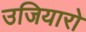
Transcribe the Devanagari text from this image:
उजियारो